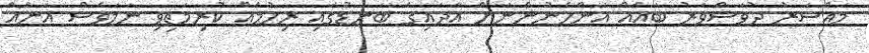
މައްސަރު ދުވަސްވަރު ބައެއް އަންހެނުންނަށް އާދައިގެ ބަނޑުގައި ރިހުމެއް ކުރިމަތިވި ނަމަވެސް އަނެއް